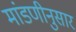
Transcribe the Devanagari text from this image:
मांडणीनुसार